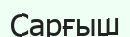
Сарғыш